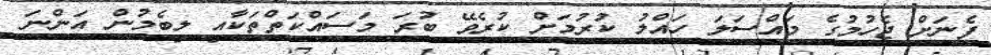
ފެނަށް ޖެހުމުގެ މައްސަލަ ހައްލު ކުރުމަށް ކުރެވޭ ބުރަ މަސައްކަތްތަކާއި ލިބެމުން އަންނަ